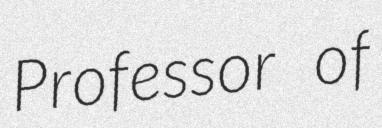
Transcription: Professor of